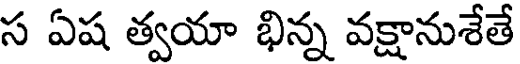
స ఏష త్వయా భిన్న వక్షానుశేతే